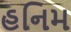
હનિમ